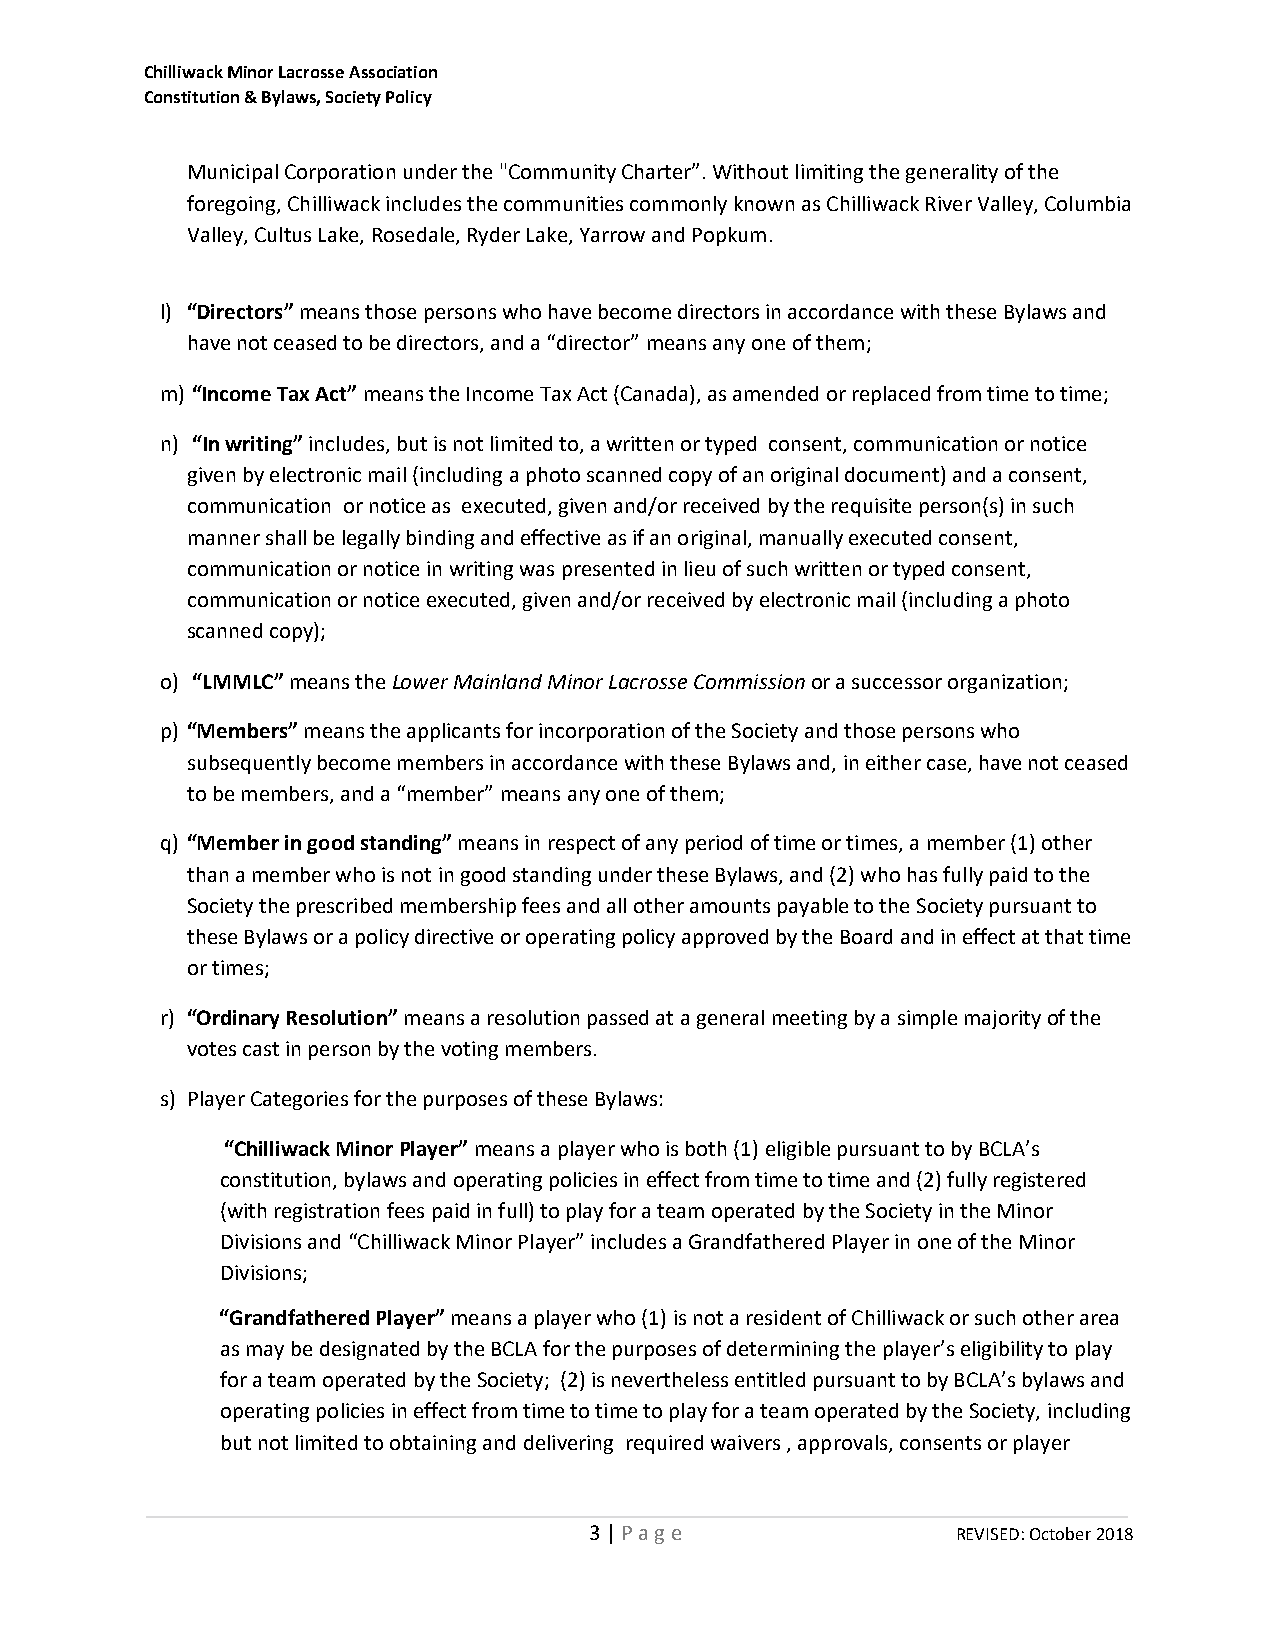
Chilliwack Minor Lacrosse Association
 Constitution & Bylaws, Society Policy
 Municipal Corporation under the "Community Charter”. Without limiting the generality of the
 foregoing, Chilliwack includes the communities commonly known as Chilliwack River Valley, Columbia
 Valley, Cultus Lake, Rosedale, Ryder Lake, Yarrow and Popkum.
 l) “Directors” means those persons who have become directors in accordance with these Bylaws and
 have not ceased to be directors, and a “director” means any one of them;
 m) “Income Tax Act” means the Income Tax Act (Canada), as amended or replaced from time to time;
 n) “In writing” includes, but is not limited to, a written or typed consent, communication or notice
 given by electronic mail (including a photo scanned copy of an original document) and a consent,
 communication or notice as executed, given and/or received by the requisite person(s) in such
 manner shall be legally binding and effective as if an original, manually executed consent,
 communication or notice in writing was presented in lieu of such written or typed consent,
 communication or notice executed, given and/or received by electronic mail (including a photo
 scanned copy);
 o) “LMMLC” means the Lower Mainland Minor Lacrosse Commission or a successor organization;
 p) “Members” means the applicants for incorporation of the Society and those persons who
 subsequently become members in accordance with these Bylaws and, in either case, have not ceased
 to be members, and a “member” means any one of them;
 q) “Member in good standing” means in respect of any period of time or times, a member (1) other
 than a member who is not in good standing under these Bylaws, and (2) who has fully paid to the
 Society the prescribed membership fees and all other amounts payable to the Society pursuant to
 these Bylaws or a policy directive or operating policy approved by the Board and in effect at that time
 or times;
 r) “Ordinary Resolution” means a resolution passed at a general meeting by a simple majority of the
 votes cast in person by the voting members.
 s) Player Categories for the purposes of these Bylaws:
 “Chilliwack Minor Player” means a player who is both (1) eligible pursuant to by BCLA’s
 constitution, bylaws and operating policies in effect from time to time and (2) fully registered
 (with registration fees paid in full) to play for a team operated by the Society in the Minor
 Divisions and “Chilliwack Minor Player” includes a Grandfathered Player in one of the Minor
 Divisions;
 “Grandfathered Player” means a player who (1) is not a resident of Chilliwack or such other area
 as may be designated by the BCLA for the purposes of determining the player’s eligibility to play
 for a team operated by the Society; (2) is nevertheless entitled pursuant to by BCLA’s bylaws and
 operating policies in effect from time to time to play for a team operated by the Society, including
 but not limited to obtaining and delivering required waivers , approvals, consents or player
 3 | P a g e             REVISED: October 2018